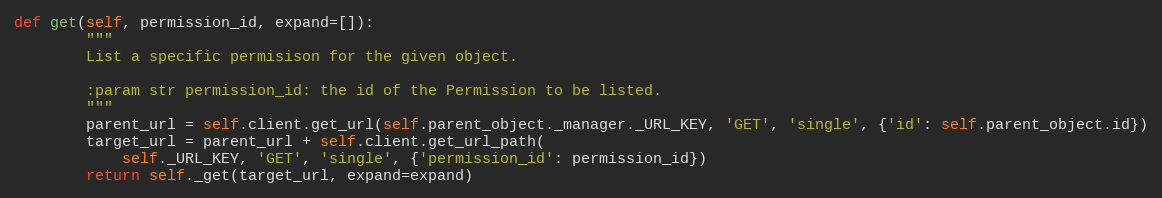
Language: Python
def get(self, permission_id, expand=[]):
        """
        List a specific permisison for the given object.

        :param str permission_id: the id of the Permission to be listed.
        """
        parent_url = self.client.get_url(self.parent_object._manager._URL_KEY, 'GET', 'single', {'id': self.parent_object.id})
        target_url = parent_url + self.client.get_url_path(
            self._URL_KEY, 'GET', 'single', {'permission_id': permission_id})
        return self._get(target_url, expand=expand)